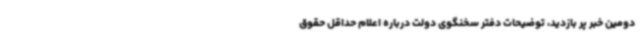
دومین خبر پر بازدید، توضیحات دفتر سخنگوی دولت درباره اعلام حداقل حقوق